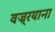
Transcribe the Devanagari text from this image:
वज्र्रयाना